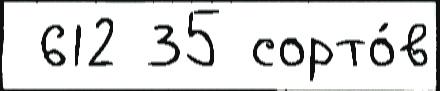
 612 35 сорто́в